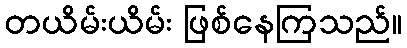
တယိမ်းယိမ်း ဖြစ်နေကြသည်။